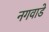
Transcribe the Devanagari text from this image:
नगवाडे